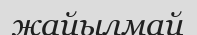
жайылмай